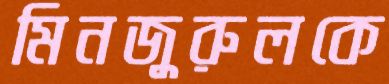
মিনজুরুলকে